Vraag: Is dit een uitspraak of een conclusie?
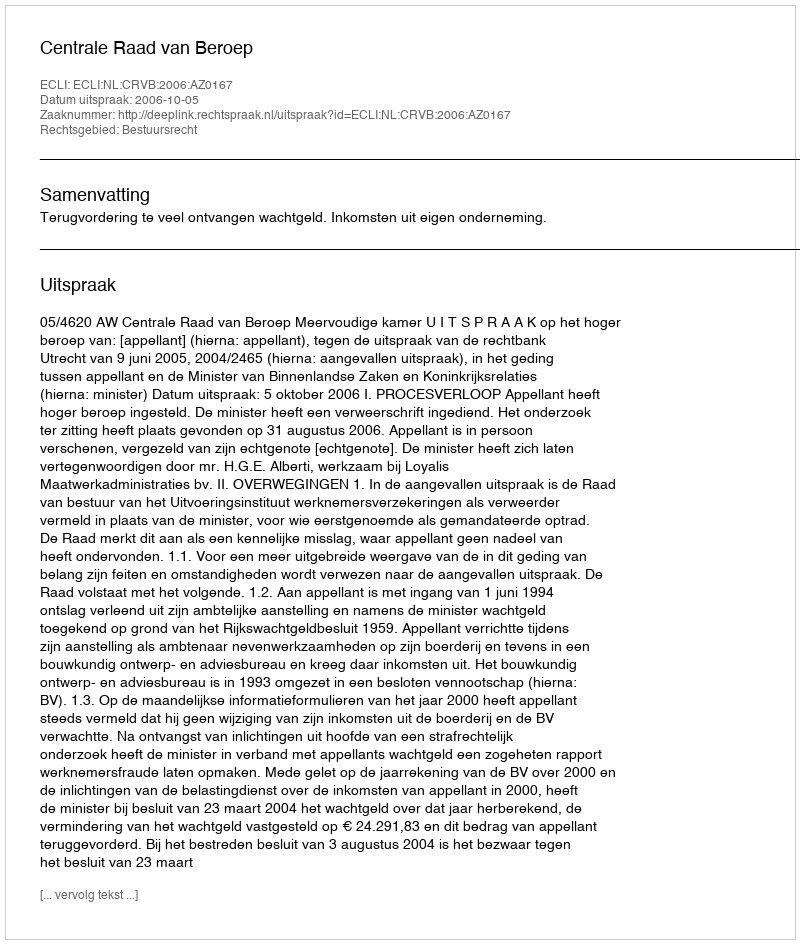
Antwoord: Uitspraak